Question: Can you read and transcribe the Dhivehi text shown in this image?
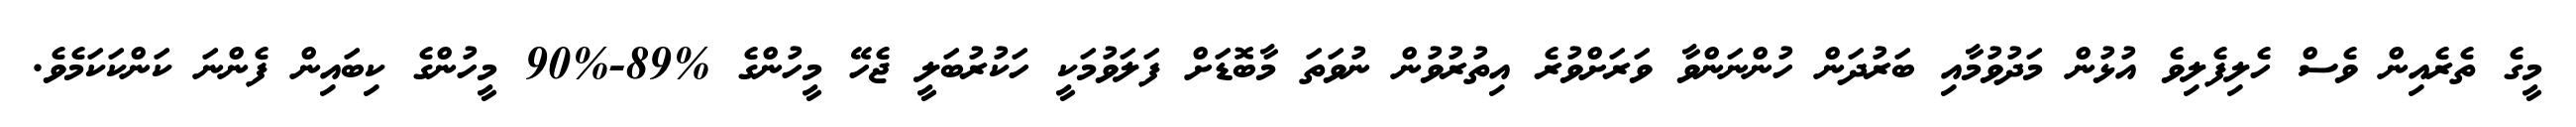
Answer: މީގެ ތެރެއިން ވެސް ހެލިފެލިވެ އުޅުން މަދުވުމާއި ބަރުދަން ހުންނަންވާ ވަރަށްވުރެ އިތުރުވުން ނުވަތަ މާބޮޑަށް ފަލަވުމަކީ ހަކުރުބަލީ ޖެހޭ މީހުންގެ %89-%90 މީހުންގެ ކިބައިން ފެންނަ ކަންކަކަމެވެ.